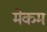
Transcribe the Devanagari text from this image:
मेकम